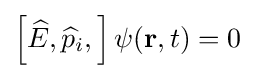
\left[{\widehat {E}},{\widehat {p}}_{i},\right]\psi (\mathbf {r} ,t)=0